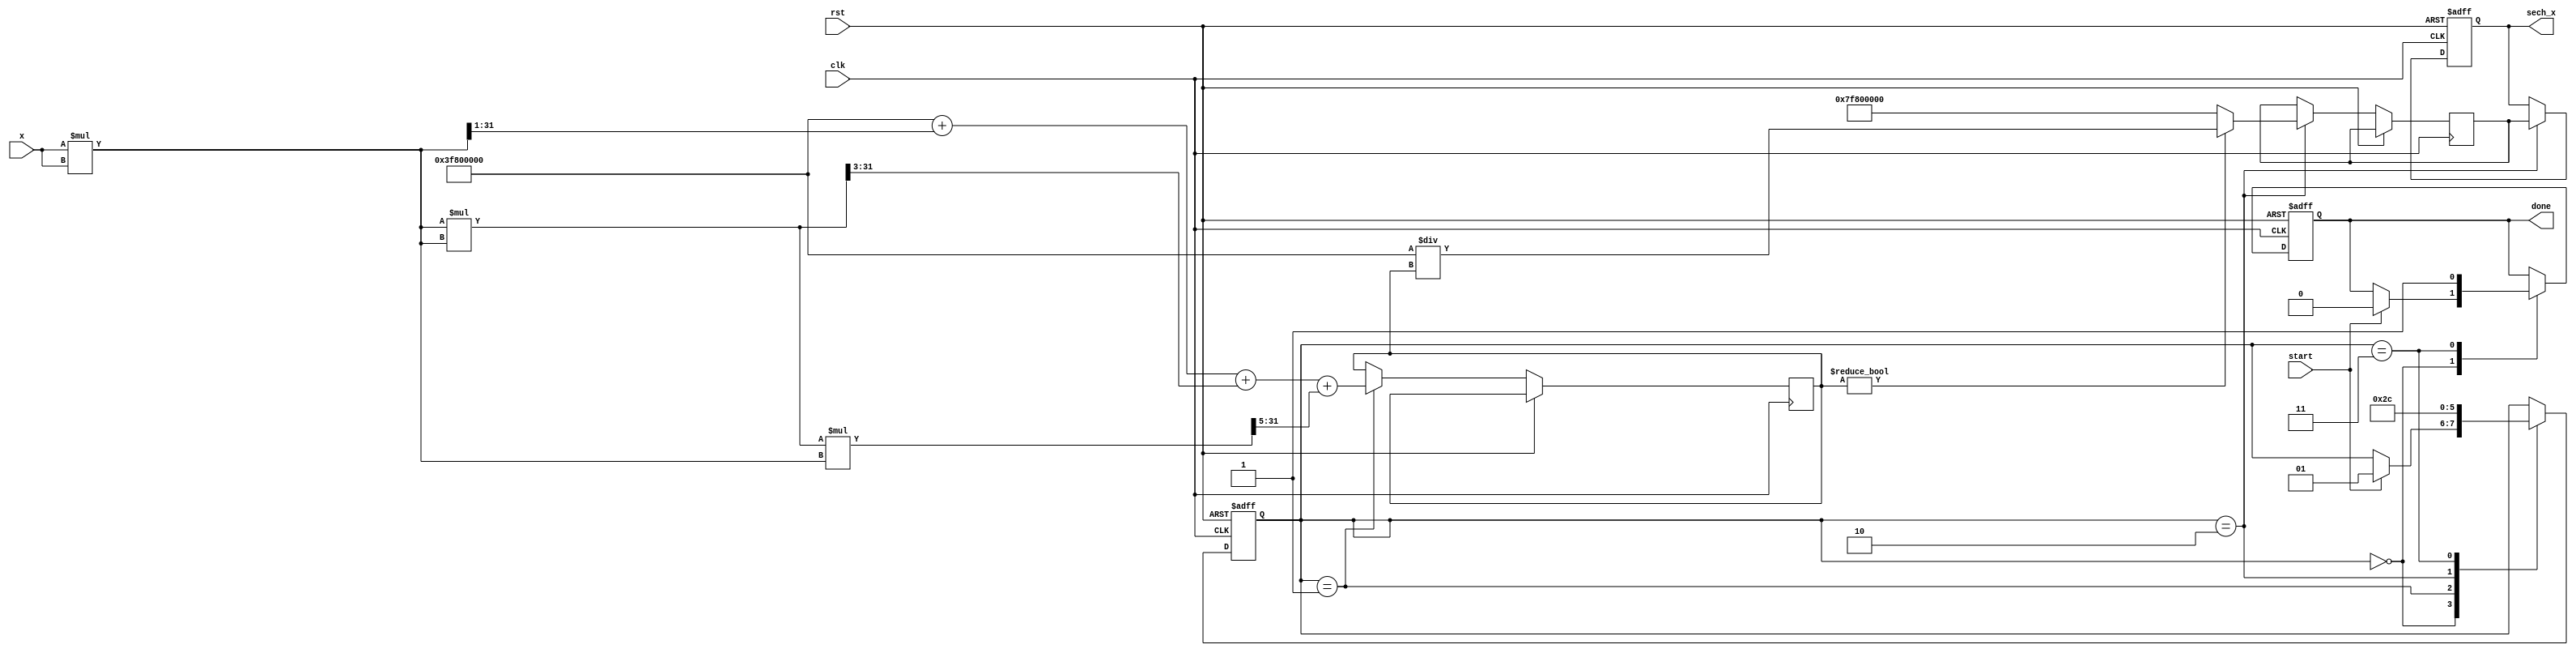
module hyperbolic_secant (
    input wire [31:0] x,          // Input signal (floating-point representation)
    output reg [31:0] sech_x,     // Output signal (sech(x))
    input wire clk,               // Clock signal
    input wire rst,               // Reset signal
    input wire start,             // Start signal for computation
    output reg done               // Done signal for indicating completion
);

    // Internal signals
    reg [31:0] cosh_x;            // Intermediate cosh value
    reg [1:0] state;              // State for FSM
    reg [31:0] reciprocal;         // Reciprocal of cosh_x

    // State encoding
    localparam IDLE = 2'b00,
               COSH_CALC = 2'b01,
               RECIPROCAL_CALC = 2'b10,
               DONE = 2'b11;

    // Cosh approximation using Taylor series (up to x^6)
    function [31:0] cosh_approx;
        input [31:0] x;
        reg [31:0] x_squared;
        begin
            x_squared = x * x;
            // cosh(x) = 1 + x^2/2! + x^4/4! + x^6/6!
            cosh_approx = 32'h3F800000 + (x_squared >> 1) + (x_squared * x_squared >> 3) + (x_squared * x_squared * x_squared >> 5);
        end
    endfunction

    // Reciprocal calculation using simple division
    function [31:0] reciprocal_calc;
        input [31:0] value;
        begin
            if (value != 0) begin
                reciprocal_calc = 32'h3F800000 / value; // 1.0 / value
            end else begin
                reciprocal_calc = 32'h7F800000; // Return infinity for division by zero
            end
        end
    endfunction

    // State machine for control logic
    always @(posedge clk or posedge rst) begin
        if (rst) begin
            state <= IDLE;
            sech_x <= 32'b0;
            done <= 1'b0;
        end else begin
            case (state)
                IDLE: begin
                    if (start) begin
                        state <= COSH_CALC;
                        done <= 1'b0;
                    end
                end

                COSH_CALC: begin
                    cosh_x <= cosh_approx(x);
                    state <= RECIPROCAL_CALC;
                end

                RECIPROCAL_CALC: begin
                    reciprocal <= reciprocal_calc(cosh_x);
                    sech_x <= reciprocal;
                    state <= DONE;
                end

                DONE: begin
                    done <= 1'b1;
                    state <= IDLE; // Go back to IDLE for the next computation
                end
            endcase
        end
    end

endmodule